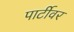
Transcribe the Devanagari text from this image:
पार्टीवर